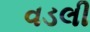
વડલી